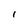
Character: l